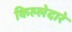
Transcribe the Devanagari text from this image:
किल्लेदारे